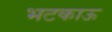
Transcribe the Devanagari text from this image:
भटकाऊ